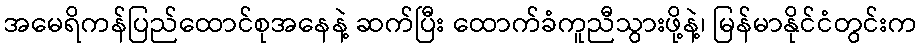
အမေရိကန်ပြည်ထောင်စုအနေနဲ့ ဆက်ပြီး ထောက်ခံကူညီသွားဖို့နဲ့၊ မြန်မာနိုင်ငံတွင်းက